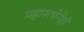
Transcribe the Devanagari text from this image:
महासभेनेही